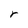
Character: r